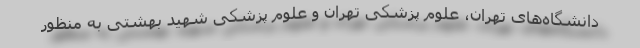
دانشگاه‌های تهران، علوم پزشکی تهران و علوم پزشکی شهید بهشتی به منظور